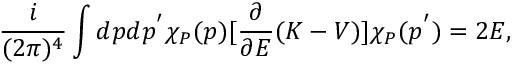
\frac i { ( 2 \pi ) ^ { 4 } } \int d p d p ^ { ^ { \prime } } \chi _ { { \cal P } } ( p ) [ \frac \partial { \partial E } ( K - V ) ] \chi _ { { \cal P } } ( p ^ { ^ { \prime } } ) = 2 E ,